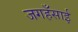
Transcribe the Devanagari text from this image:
जगहँसाई